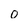
Character: 0